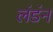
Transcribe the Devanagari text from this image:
लंडंन